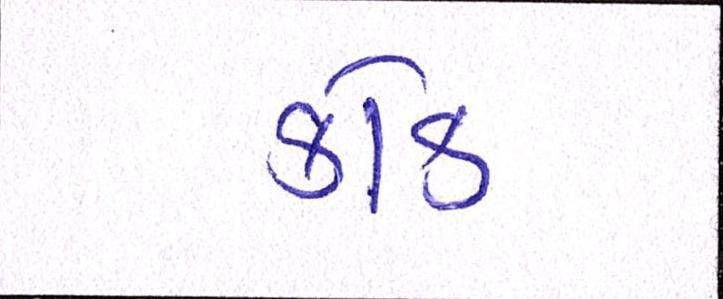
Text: કોક